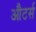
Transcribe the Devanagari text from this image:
औटर्स